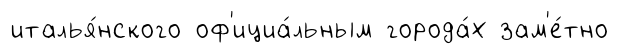
италья́нского оф'ициа́льным города́х зам'е́тно